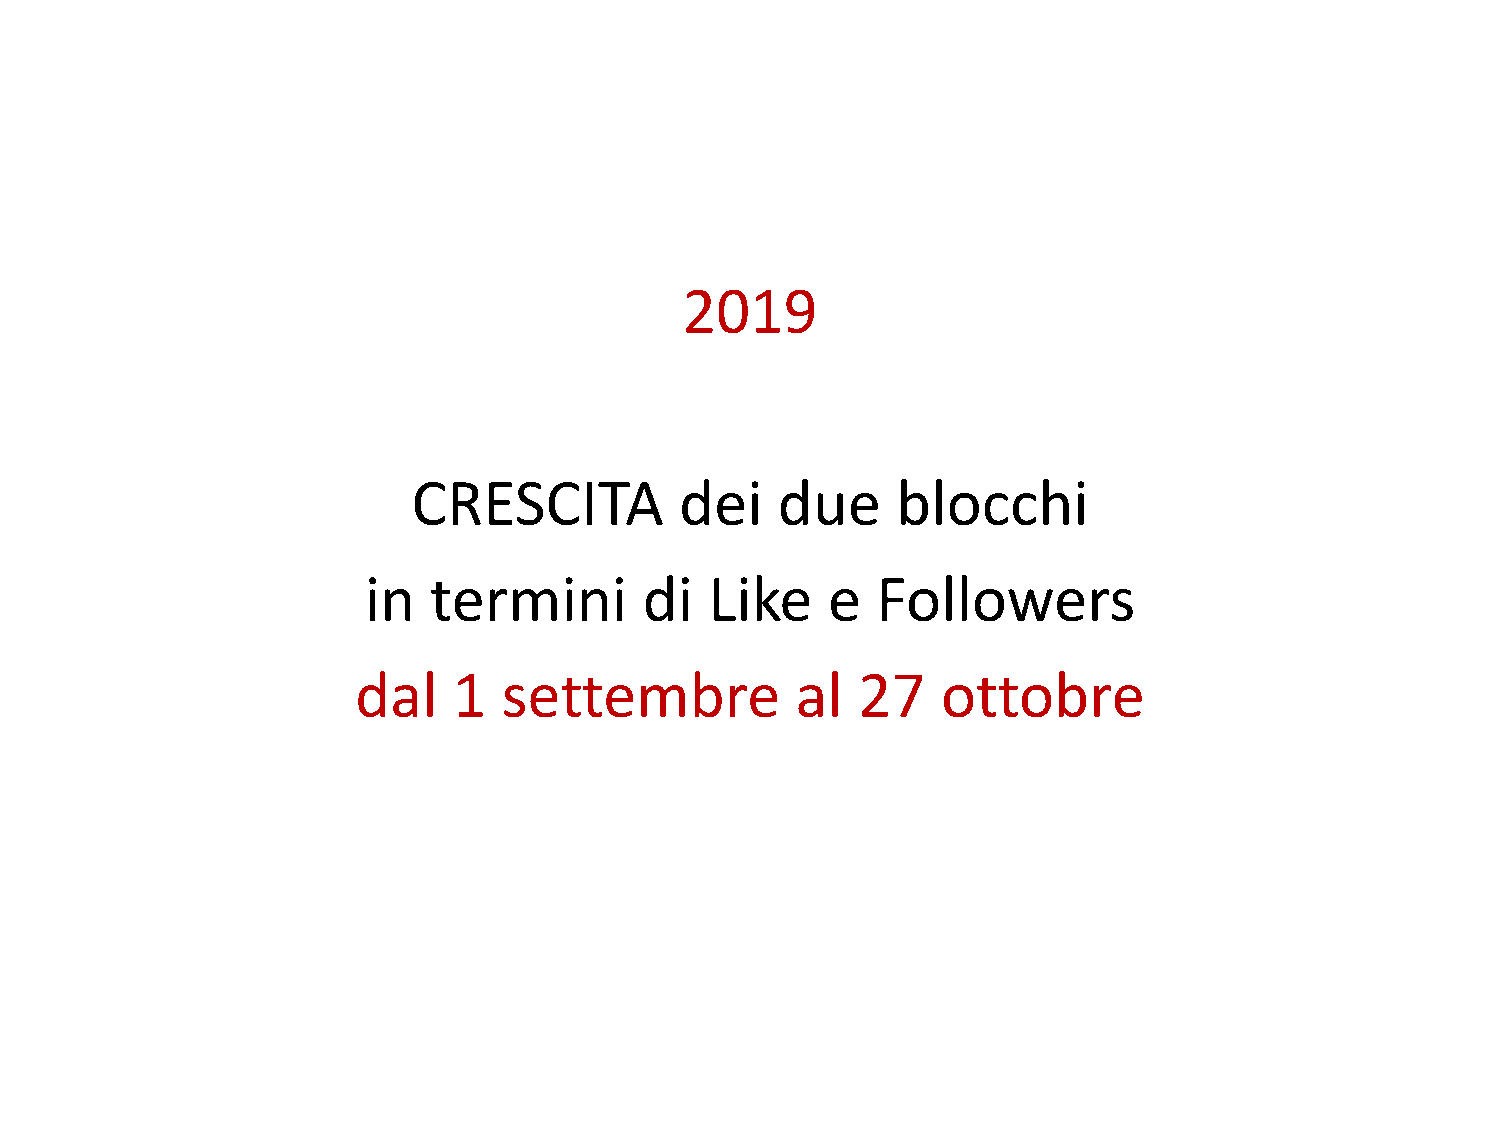
2019
 CRESCITA          dei   due     blocchi
 in  termini        di  Like    e  Followers
 dal   1  settembre           al  27   ottobre